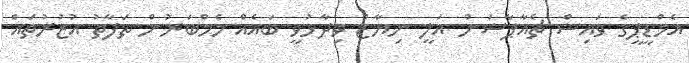
އެމްޑީޕީގެ ވައިސް ޗެއާޕާސަން އަލީ ނިޔާޒް ވިދާޅުވީ ބައެއް މެމްބަރުން ތަފާތު އުޒުރުތައް